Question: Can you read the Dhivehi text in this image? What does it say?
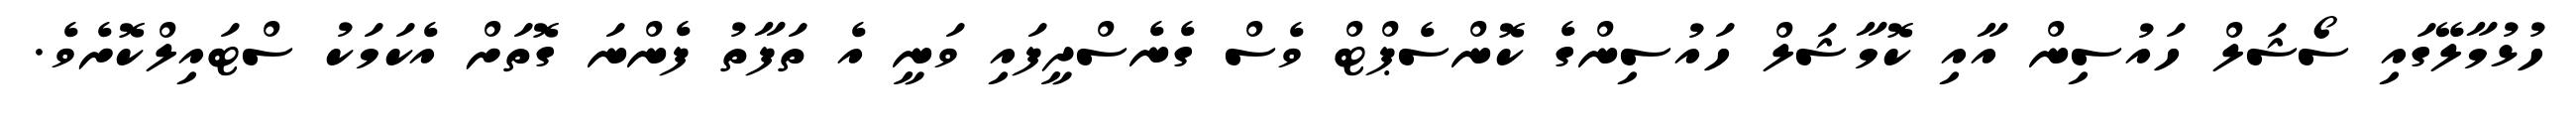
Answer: ހުޅުމާލޭގައި ސޯޝަލް ހައުސިން އާއި ކޮމާޝަލް ހައުސިންގެ ކޮންސެޕްޓް ވެސް ގެނެސްދީފައި ވަނީ އެ ތަފާތު ފެންނަ ގޮތަށް އެކަމަކު ސްޓައިލްކޮށެވެ.